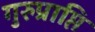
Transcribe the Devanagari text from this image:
गुरुप्राप्ति